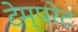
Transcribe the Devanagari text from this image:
टेम्‍परेट